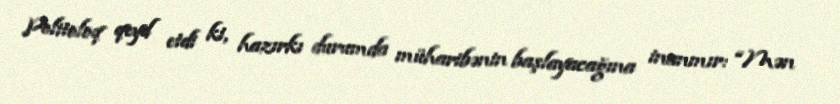
Politoloq qeyd etdi ki, hazırkı durumda müharibənin başlayacağına inanmır: “Mən